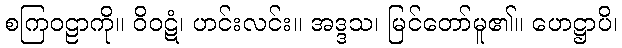
စကြဝဠာကို။ ဝိဝဋံ၊ ဟင်းလင်း။ အဒ္ဒသ၊ မြင်တော်မူ၏။ ဟေဋ္ဌာပိ၊